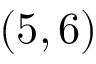
( 5 , 6 )